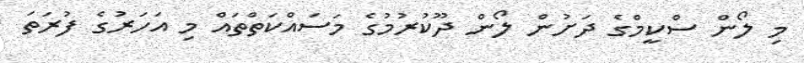
މި ލޯން ސްކީމްގެ ދަށުން ލޯން ދޫކުރުމުގެ މަސައްކަތްތައް މި އަހަރުގެ ފުރަތަ